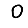
Digit: 0